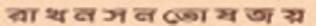
রাখনসনতোষজয়